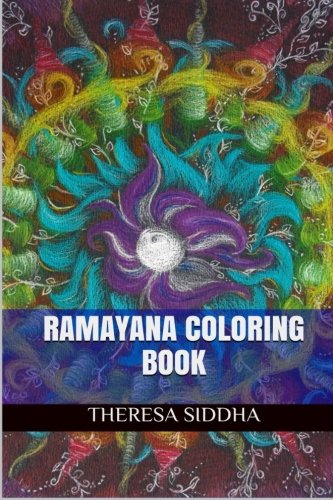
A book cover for Ramayana Coloring Book: Ramayana Adult Coloring Book; Theresa Siddha; Religion & Spirituality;